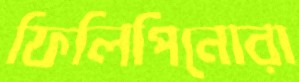
ফিলিপিনোরা